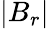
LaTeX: |B_{r}|